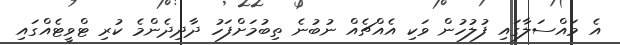
އެ މައްސަލާގައި ފުލުހުން ވަކި އެއްޗެއް ނުބުނެ ތިބުމަށްފަހު ދާދިދެންމެ ކުރި ޓްވީޓެއްގައި